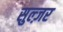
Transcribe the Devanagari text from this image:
सुल्ज़र